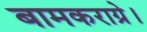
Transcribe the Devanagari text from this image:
बामकराग्रे।